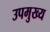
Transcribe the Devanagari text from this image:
उपमुख्य